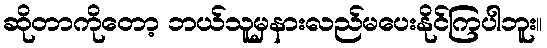
ဆိုတာကိုတော့ ဘယ်သူမှနားလည်မပေးနိုင်ကြပါဘူး။